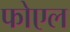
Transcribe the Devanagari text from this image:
फोएल